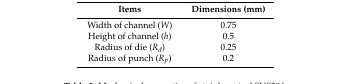
<table><thead><tr><td><b>Items</b></td><td><b>Dimensions (mm)</b></td></tr></thead><tbody><tr><td>Width of channel (<i>W</i>)</td><td>0.75</td></tr><tr><td>Height of channel (<i>h</i>)</td><td>0.5</td></tr><tr><td>Radius of die (<i>R<sub>d</sub></i>)</td><td>0.25</td></tr><tr><td>Radius of punch (<i>R<sub>p</sub></i>)</td><td>0.2</td></tr></tbody></table>